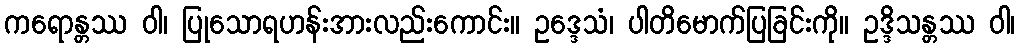
ကရောန္တဿ ဝါ၊ ပြုသောရဟန်းအားလည်းကောင်း။ ဥဒ္ဒေသံ၊ ပါတိမောက်ပြခြင်းကို။ ဥဒ္ဒိသန္တဿ ဝါ၊